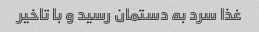
غذا سرد به دستمان رسید و با تاخیر